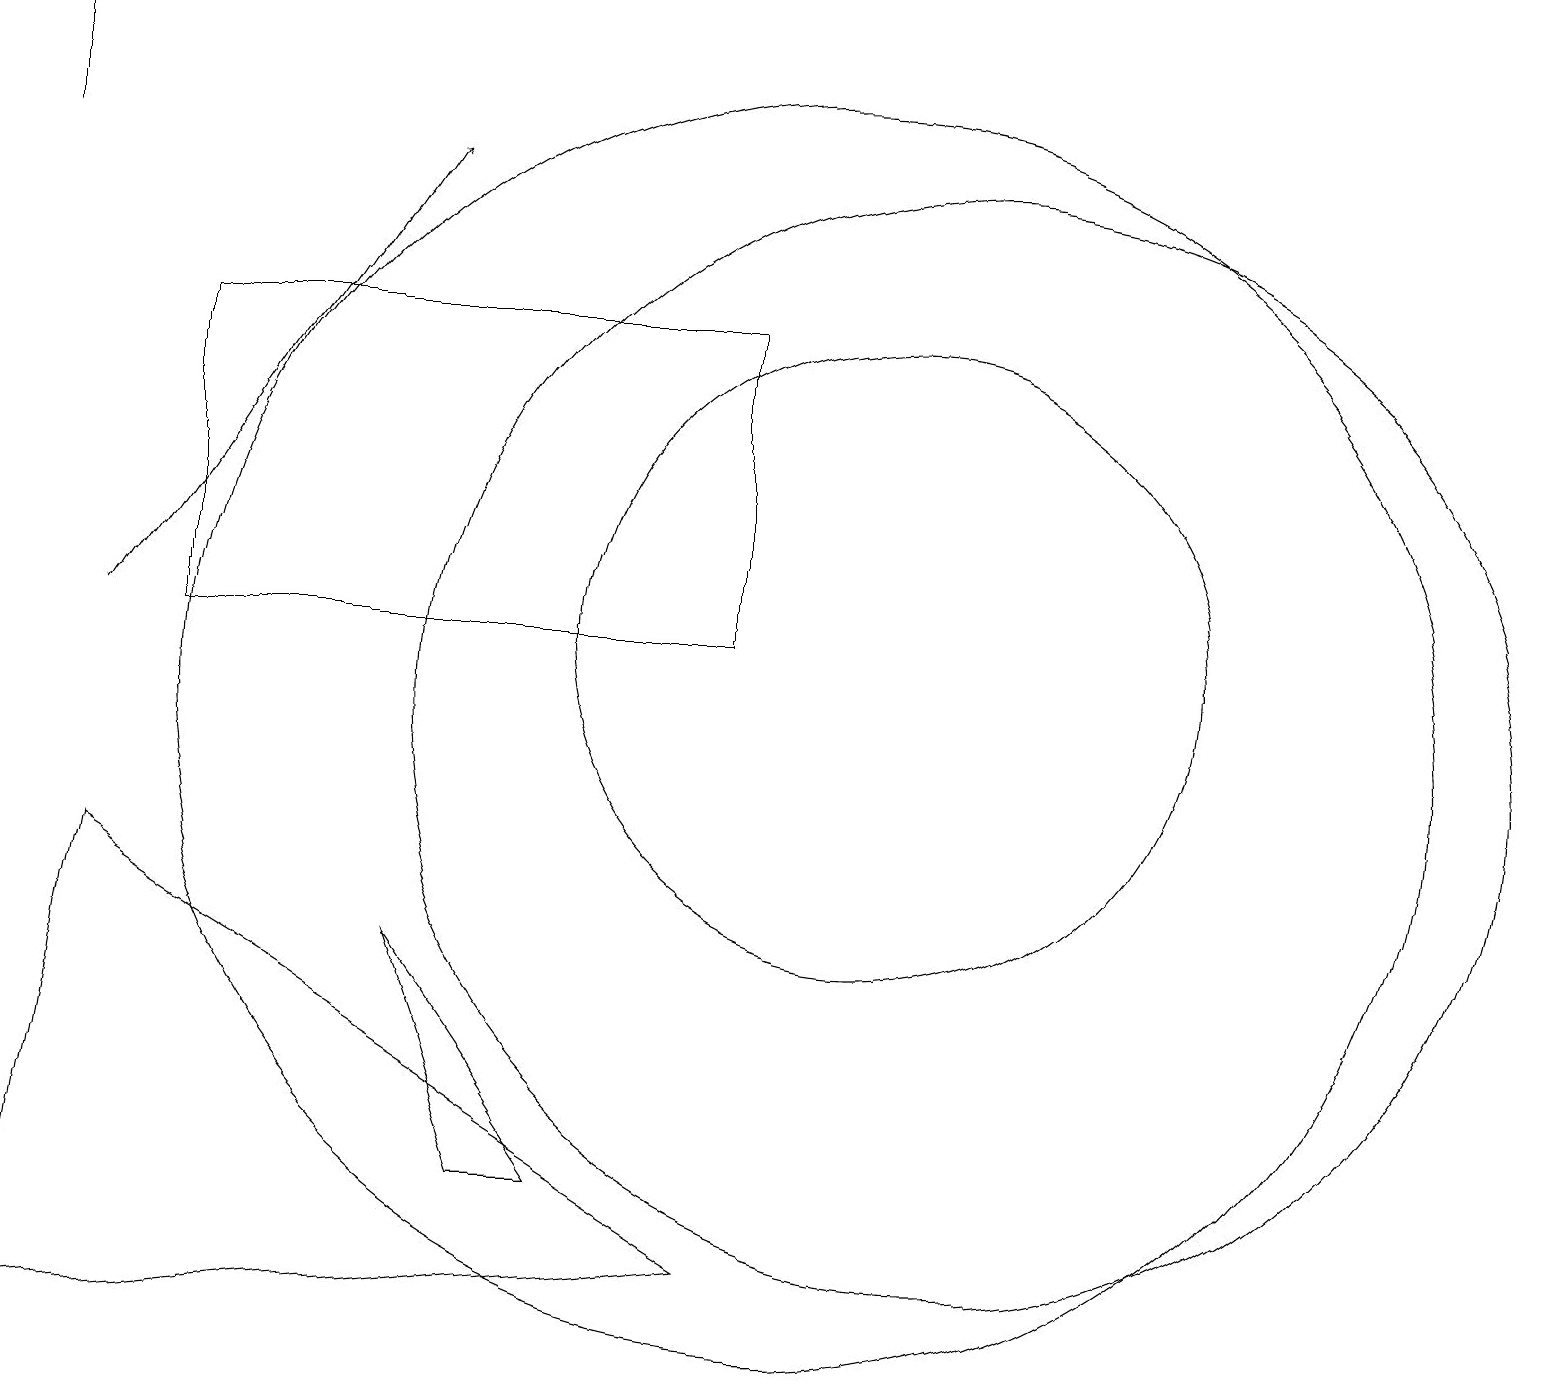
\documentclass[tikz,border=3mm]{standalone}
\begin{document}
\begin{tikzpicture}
\draw (12,10) circle (7);
\draw[->] (1,11) -- (5,17);
\draw (0,19) rectangle (0,17);
\draw (5,7) -- (6,4) -- (7,4) -- cycle;
\draw (0,2) -- (9,3) -- (1,8) -- cycle;
\draw (9,15) rectangle (2,11);
\draw (11,11) circle (4);
\draw (10,10) circle (8);
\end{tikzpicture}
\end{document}